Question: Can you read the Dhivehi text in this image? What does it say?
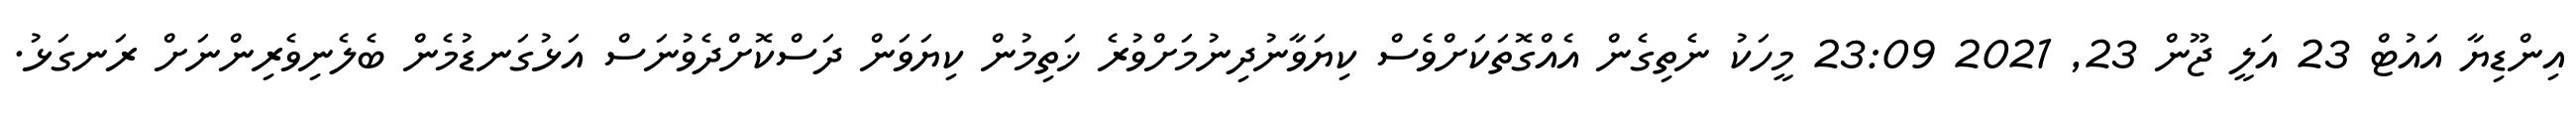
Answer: އިންޑިޔާ އައުޓް 23 އަލީ ޖޫން 23, 2021 23:09 މީހަކު ނެތިގެން އެއްގޮތަކަށްވެސް ކިޔަވާނުދިނުމަށްވުރެ ޚަތިމުން ކިޔަވަން ދަސްކޮށްދެވުނަސް އަޅުގަނޑުމެން ބެލެނިވެރިންނަށް ރަނގަޅު.